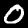
Label: 0